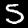
Label: 5